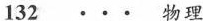
132···物理